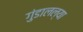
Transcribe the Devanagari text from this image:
गुंडालल्या